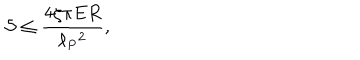
{ \cal S } \leq { \frac { 4 \zeta \pi E R } { \ell _ { P } { } ^ { 2 } } } ,